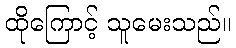
ထိုကြောင့် သူမေးသည်။